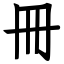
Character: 冊